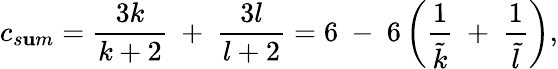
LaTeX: c_{s\mathbf{u}m}={\frac{{3k}}{{k+2}}}~+~{\frac{{3l}}{{l+2}}}=6~-~6\left({\frac{{1}}{{\tilde{{k}}}}}~+~{\frac{{1}}{{\tilde{{l}}}}}\right),